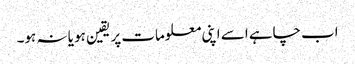
اب چاہے اسے اپنی معلومات پر یقین ہو یا نہ ہو۔